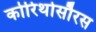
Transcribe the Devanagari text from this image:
कोरिथोसौरस